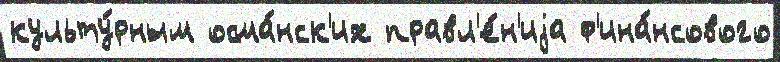
культу́рным осма́нск'их правл'е́н'иjа ф'ина́нсового